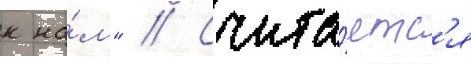
к на́м" // Счита́етс'я